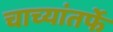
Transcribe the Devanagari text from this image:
चाच्यांतर्फे